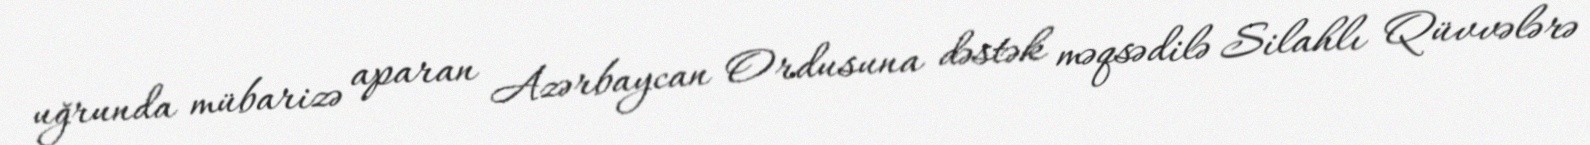
uğrunda mübarizə aparan Azərbaycan Ordusuna dəstək məqsədilə Silahlı Qüvvələrə